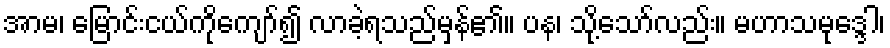
အာမ၊ မြောင်းငယ်ကိုကျော်၍ လာခဲ့ရသည်မှန်၏။ ပန၊ သို့သော်လည်း။ မဟာသမုဒ္ဒေါ၊